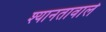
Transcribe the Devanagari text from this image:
श्यानतावाले